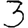
Digit: 3